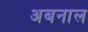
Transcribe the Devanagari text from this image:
अबनाल